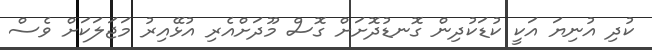
ކުދި އުނިޔަ އަކީ ކުޑަކުދިން ގޮނޑުދޮށަށް ގޮސް މޫދަށްއެރި އުޅޭއިރު މަޖަލަކަށް ވެސް